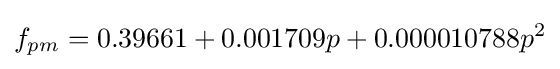
f_{pm}=0.39661+0.001709p+0.000010788p^{2}